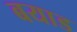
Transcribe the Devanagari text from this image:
बयाड